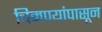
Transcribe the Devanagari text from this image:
चिमण्यांपासून